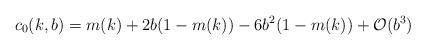
LaTeX: \begin{align*}c_0(k,b)=m(k)+2b(1-m(k))-6b^2(1-m(k))+\mathcal{O}(b^3)\end{align*}